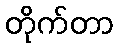
တိုက်တာ